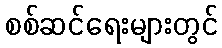
စစ်ဆင်ရေးများတွင်